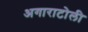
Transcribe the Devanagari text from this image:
अगाराटोली